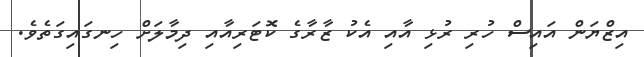
އިޒްޔަން އައިސް ހުރި ރުޅި އާއި އެކު ޒާރާގެ ކޮޓަރިއާއި ދިމާލަށް ހިނގައިގަތެވެ.